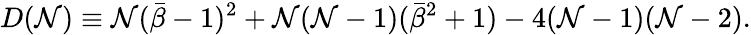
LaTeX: D(\mathcal{N})\equiv\mathcal{N}({\bar{{\beta}}}-1)^{2}+\mathcal{N}(\mathcal{N}-1)({\bar{{\beta}}}^{2}+1)-4(\mathcal{N}-1)(\mathcal{N}-2).